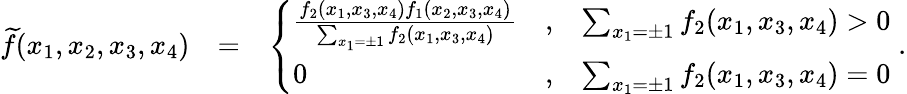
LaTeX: \begin{array}{rlr}{{\widetilde f}(x_{1},x_{2},x_{3},x_{4})}&{=}&{\left\{ \begin{array}{lcl}{\frac{f_{2}(x_{1},x_{3},x_{4})f_{1}(x_{2},x_{3},x_{4})}{\sum_{x_{1}=\pm 1}f_{2}(x_{1},x_{3},x_{4})}}&{,}&{\sum_{x_{1}=\pm 1}f_{2}(x_{1},x_{3},x_{4})>0}\\ {0}&{,}&{\sum_{x_{1}=\pm 1}f_{2}(x_{1},x_{3},x_{4})=0}\end{array}\right.\; .}\end{array}